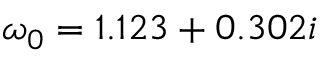
\omega _ { 0 } = 1 . 1 2 3 + 0 . 3 0 2 i